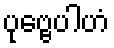
ပုဗ္ဗေပါဟံ